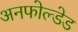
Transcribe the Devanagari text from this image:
अनफोल्डेड